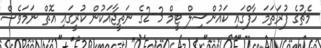
މެޗުގެ ފުރަތަމަ ހާފްގައި ކައުންސިލް ޓީމް 3-2ގެ ނަތީޖާއަކުން ކުރީގައި އޮތް ނަމަވެސް